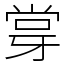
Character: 牚